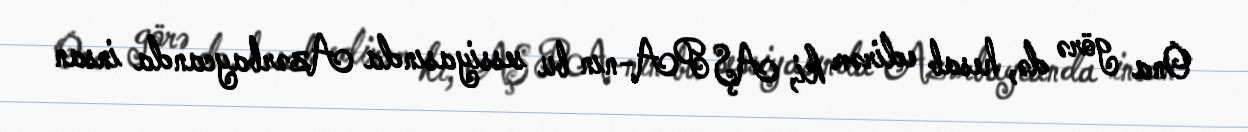
Ona görə də, hesab edirəm ki, AŞ PA-nın bu sessiyasında Azərbaycanda insan